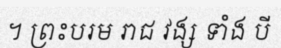
។ ព្រះបរម រាជ វង្ស ទាំង បី